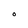
Character: O